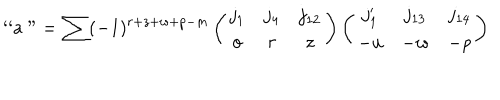
LaTeX: \mathrm { ` ` a " } = \sum ( - 1 ) ^ { r + z + w + p - m } \left( \begin{array} { c c c } { { j _ { 1 } } } & { { j _ { 4 } } } & { { j _ { 1 2 } } } \\ { { o } } & { { r } } & { { z } } \\ \end{array} \right) \left( \begin{array} { c c c } { { j _ { 1 } ^ { \prime } } } & { { j _ { 1 3 } } } & { { j _ { 1 4 } } } \\ { { - u } } & { { - w } } & { { - p } } \\ \end{array} \right)